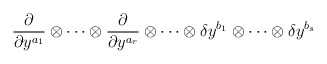
\begin{align*}\frac \partial {\partial y^{a_1}}\otimes \cdots \otimes \frac\partial {\partial y^{a_r}}\otimes \cdots \otimes \delta y^{b_1}\otimes\cdots \otimes \delta y^{b_s}\end{align*}